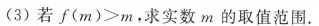
(3)若$$f (m)>m$$，求实数m的取值范围。